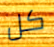
كل